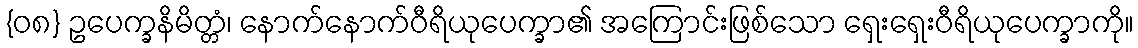
{၀၈} ဥပေက္ခနိမိတ္တံ၊ နောက်နောက်ဝီရိယုပေက္ခာ၏ အကြောင်းဖြစ်သော ရှေးရှေးဝီရိယုပေက္ခာကို။